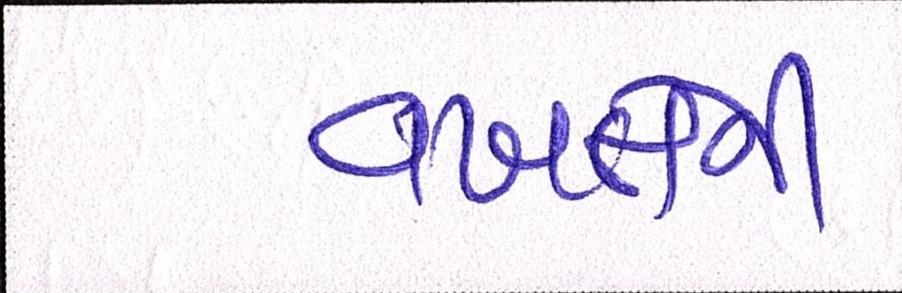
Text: વખતેની